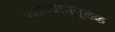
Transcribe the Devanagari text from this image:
उपाख्यानमूलक